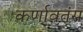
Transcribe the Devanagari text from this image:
कर्णावतंस